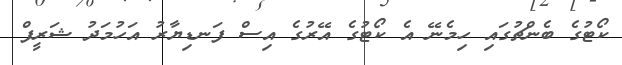
ކޯޓުގެ ބެންޗުގައި ހިމެނޭ އެ ކޯޓުގެ އޭރުގެ އިސް ފަނޑިޔާރު އަހުމަދު ޝަރީފް